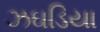
ઝઘડિયા